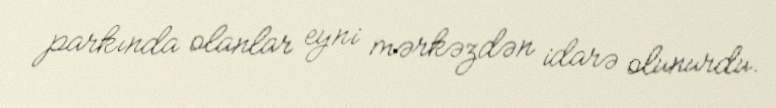
parkında olanlar eyni mərkəzdən idarə olunurdu.